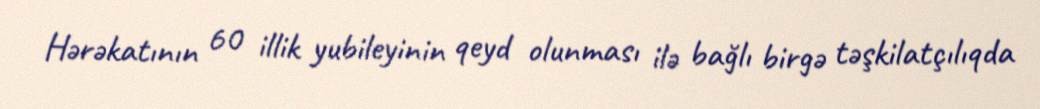
Hərəkatının 60 illik yubileyinin qeyd olunması ilə bağlı birgə təşkilatçılıqda